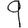
Digit: 9